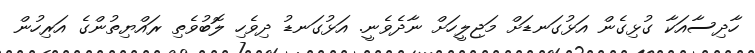
ހާދިސާއަކާ ގުޅިގެން އަޅުގަނޑަށް މަޖިލީހަށް ނާދެވެނީ. އަޅުގަނޑު ދިވެހި ލޮބުވެތި ރައްޔިތުންގެ އަރިހުން